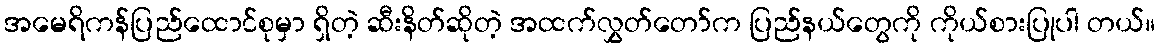
အမေရိကန်ပြည်ထောင်စုမှာ ရှိတဲ့ ဆီးနိတ်ဆိုတဲ့ အထက်လွှတ်တော်က ပြည်နယ်တွေကို ကိုယ်စားပြုပါ တယ်။